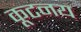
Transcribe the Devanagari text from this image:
कूटनय